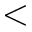
<